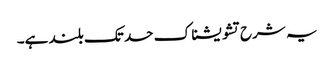
یہ شرح تشویشناک حد تک بلند ہے۔